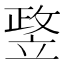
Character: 𥪛